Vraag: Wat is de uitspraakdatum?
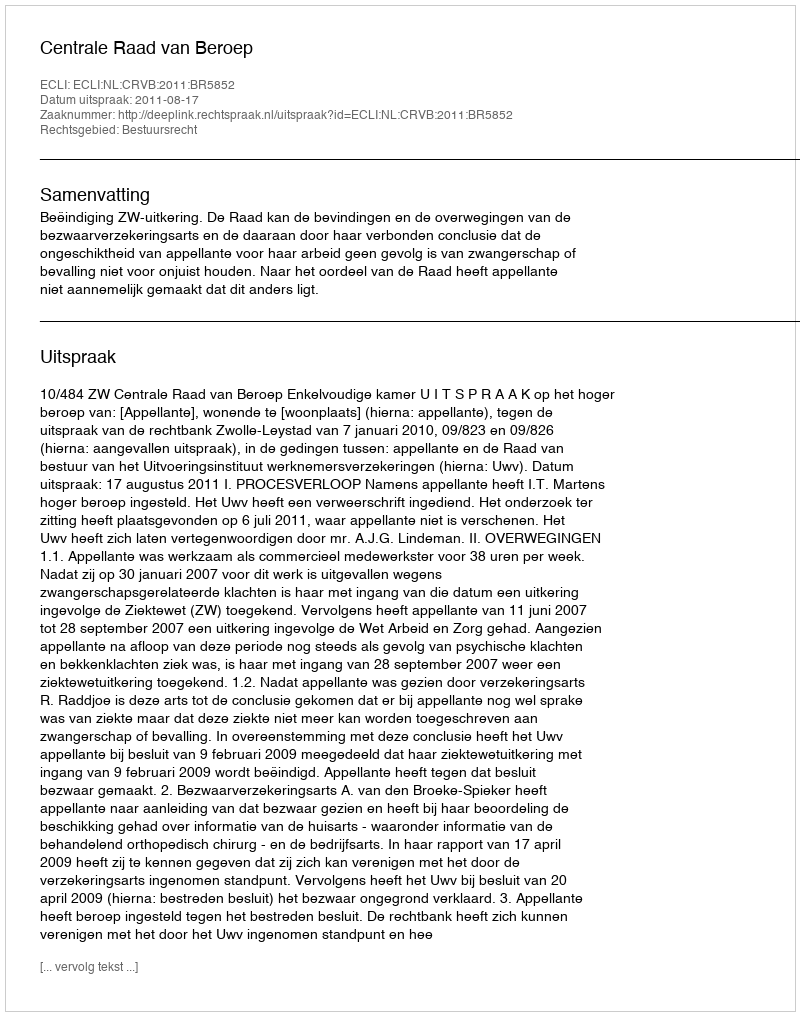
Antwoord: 2011-08-17